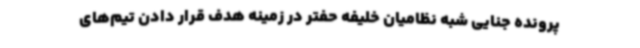
پرونده جنایی شبه نظامیان خلیفه حفتر در زمینه هدف قرار دادن تیم‌های